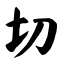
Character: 切